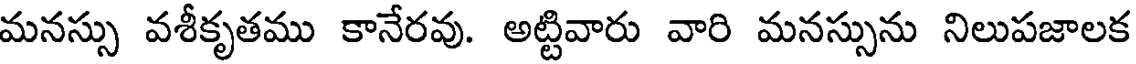
మనస్సు వశీకృతము కానేరవు. అట్టివారు వారి మనస్సును నిలుపజాలక